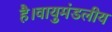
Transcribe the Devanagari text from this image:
है।वायुमंडलीय